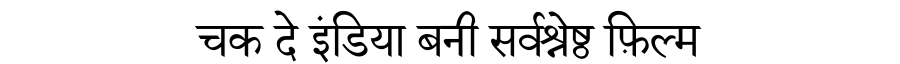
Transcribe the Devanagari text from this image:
चक दे इंडिया बनी सर्वश्रेष्ठ फ़िल्म